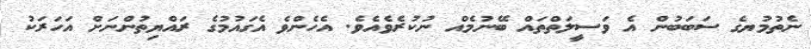
ނެތުމުޔގެ ސަބަބުން އެ ވަސީލަތްތައް ބޭނުމެެއް ނުކުރެވެއެވެ. އެހެންވެ އެގައުމުގެ ރައްޔިތުންނަށް އަހަރަކު